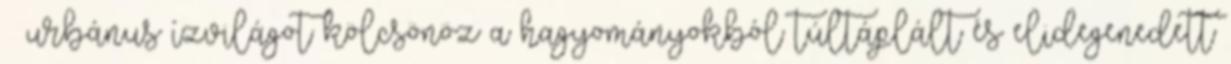
– urbánus ízvilágot kölcsönöz a hagyományokból túltáplált és elidegenedett